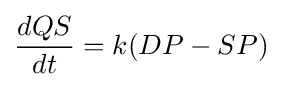
{\frac {dQS}{dt}}=k(DP-SP)